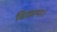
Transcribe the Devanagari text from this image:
बिकाया।